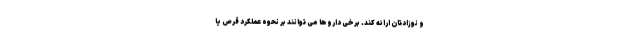
و نوزادتان ارائه کند. برخی داروها می توانند بر نحوه عملکرد قرص یا